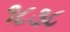
૧૮૩૮